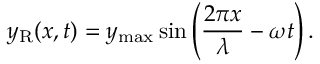
y _ { \mathrm { R } } ( x , t ) = y _ { \mathrm { m a x } } \sin \left( { \frac { 2 \pi x } { \lambda } } - \omega t \right) .